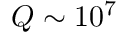
Q \sim 1 0 ^ { 7 }